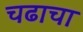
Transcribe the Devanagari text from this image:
चढाचा